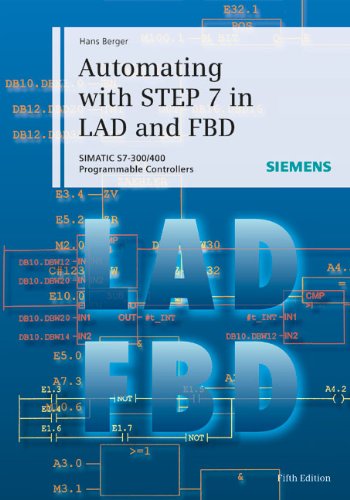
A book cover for Automating with STEP 7 in LAD and FBD: SIMATIC S7-300/400 Programmable Controllers; Hans Berger; Science & Math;